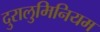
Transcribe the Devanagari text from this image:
दुरालुमिनियम